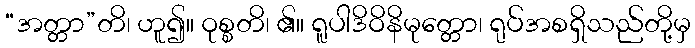
“အတ္တာ”တိ၊ ဟူ၍။ ဝုစ္စတိ၊ ၏။ ရူပါဒိဝိနိမုတ္တော၊ ရုပ်အစရှိသည်တို့မှ